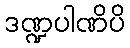
ဒဏ္ဍပါဏိပိ